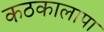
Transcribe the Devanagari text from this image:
कठकालापा